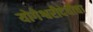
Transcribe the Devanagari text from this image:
योगेश्वरीदेवीचा